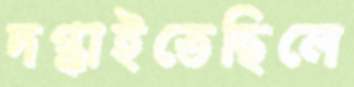
দগ্ধাইতেছিলে